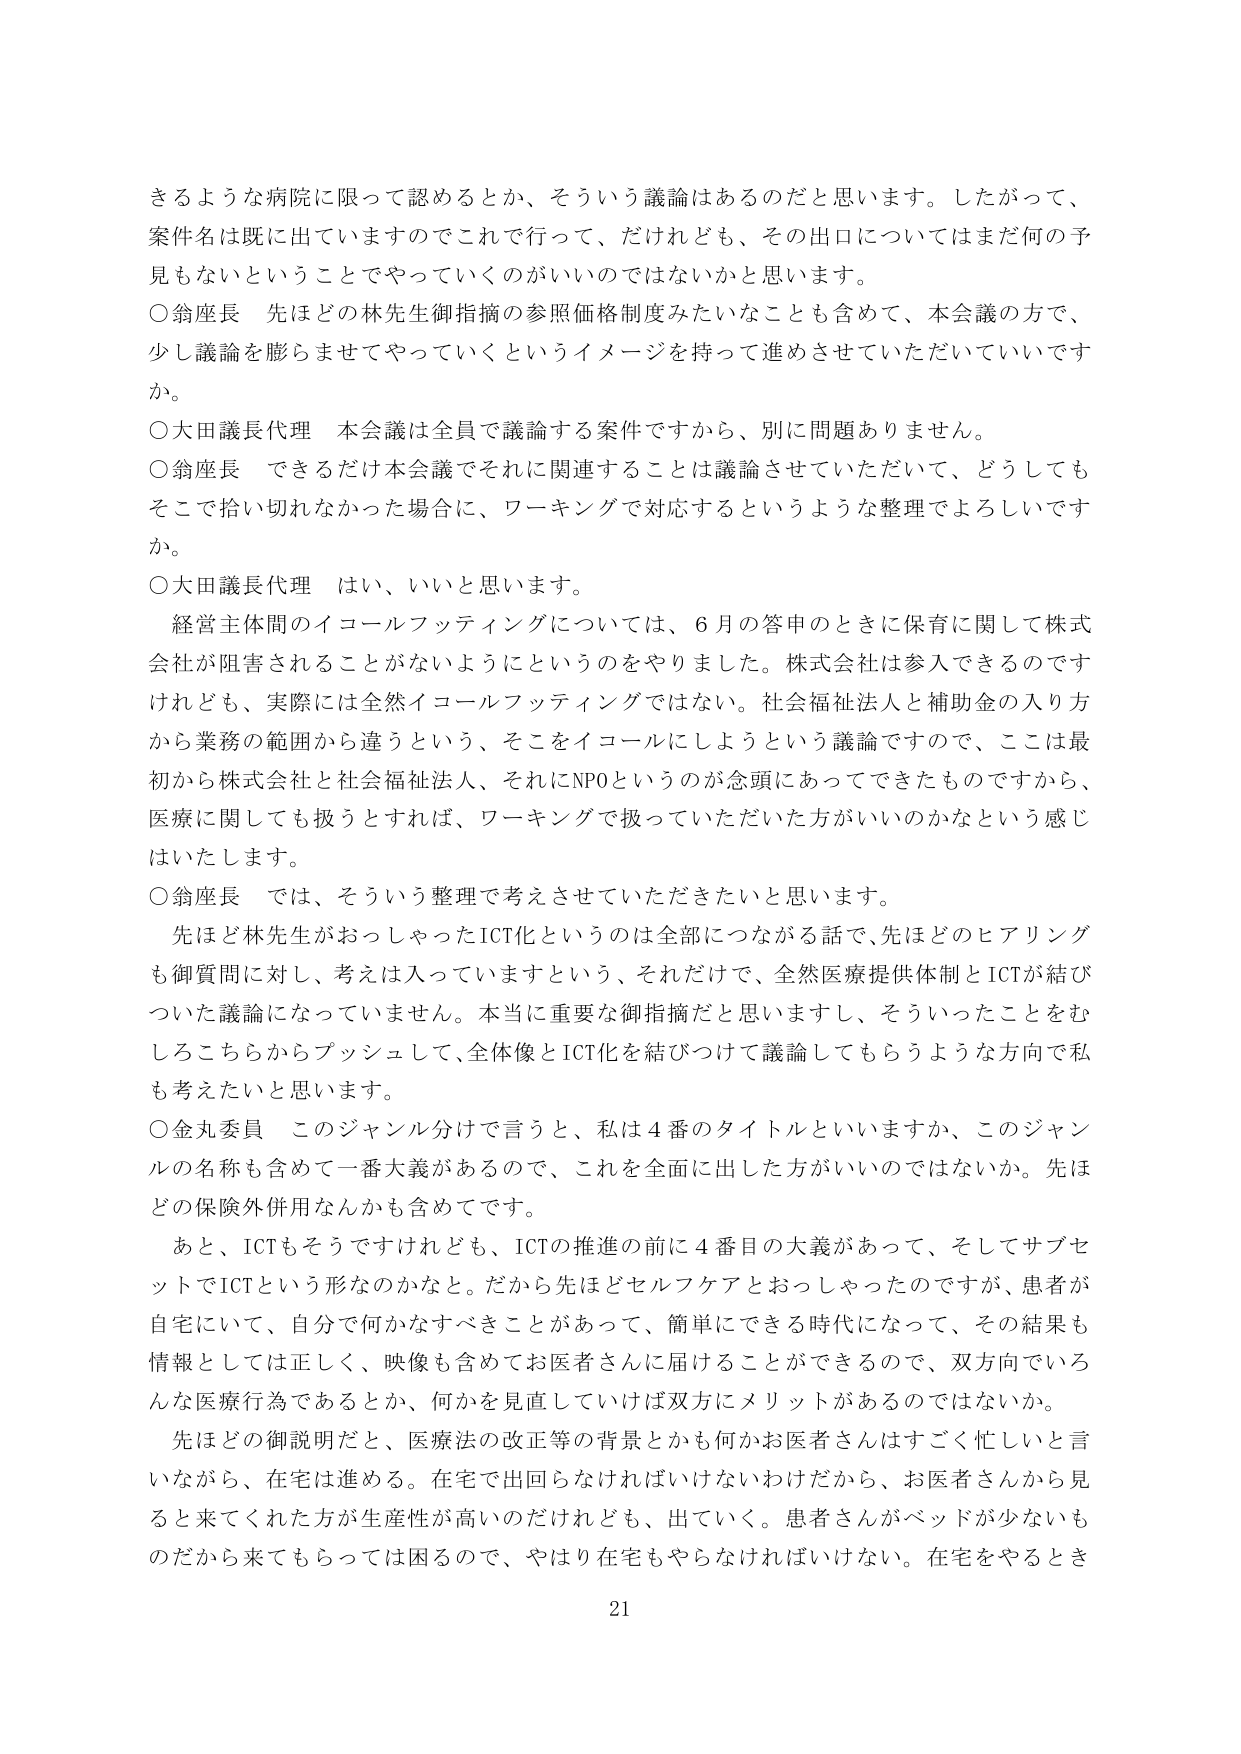
きるような病院に限って認めるとか、そういう議論はあるのだと思います。したがって、
案件名は既に出ていますのでこれで行って、だけれども、その出口についてはまだ何の予
見もないということでやっていくのがいいのではないかと思います。
○翁座長 先ほどの林先生御指摘の参照価格制度みたいなことも含めて、本会議の方で、
少し議論を膨らませてやっていくというイメージを持って進めさせていただいていいです
か。
○大田議長代理 本会議は全員で議論する案件ですから、別に問題ありません。
○翁座長 できるだけ本会議でそれに関連することは議論させていただいて、どうしても
そこで拾い切れなかった場合に、ワーキングで対応するというような整理でよろしいです
か。
○大田議長代理 はい、いいと思います。
経営主体間のイコールフッティングについては、6月の答申のときに保育に関して株式
会社が阻害されることがないようにというのをやりました。株式会社は参入できるのです
けれども、実際には全然イコールフッティングではない。社会福祉法人と補助金の入り方
から業務の範囲から違うという、そこをイコールにしようという議論ですので、ここは最
初から株式会社と社会福祉法人、それにNPOというのが念頭にあってできたものですから、
医療に関しても扱うとすれば、ワーキングで扱っていただいた方がいいのかなという感じ
はいたします。
○翁座長 では、そういう整理で考えさせていただきたいと思います。
先ほど林先生がおっしゃったICT化というのは全部につながる話で、先ほどのヒアリング
も御質問に対し、考えは入っていますという、それだけで、全然医療提供体制とICTが結び
ついた議論になっていません。本当に重要な御指摘だと思いますし、そういったことをむ
しろこちらからプッシュして、全体像とICT化を結びつけて議論してもらうような方向で私
も考えたいと思います。
○金丸委員 このジャンル分けで言うと、私は4番のタイトルといいますか、このジャン
ルの名称も含めて一番大義があるので、これを全面に出した方がいいのではないか。先ほ
どの保険外併用なんかも含めてです。
あと、ICTもそうですけれども、ICTの推進の前に4番目の大義があって、そしてサブセ
ットでICTという形なのかなと。だから先ほどセルフケアとおっしゃったのですが、患者が
自宅にいて、自分で何かなすべきことがあって、簡単にできる時代になって、その結果も
情報としては正しく、映像も含めてお医者さんに届けることができるので、双方向でいろ
んな医療行為であるとか、何かを見直していけば双方にメリットがあるのではないか。
先ほどの御説明だと、医療法の改正等の背景とかも何かお医者さんはすごく忙しいと言
いながら、在宅は進める。在宅で出回らなければいけないわけだから、お医者さんから見
ると来てくれた方が生産性が高いのだけれども、出ていく。患者さんがベッドが少ないも
のだから来てもらっては困るので、やはり在宅もやらなければいけない。在宅をやるとき
21